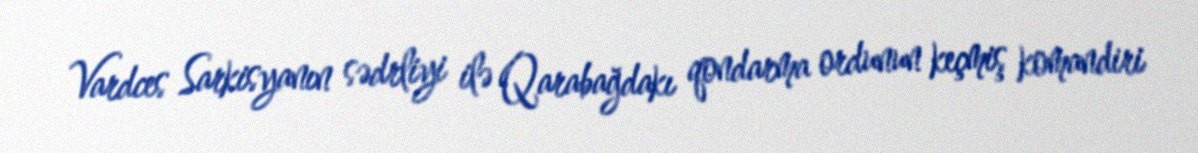
Vardces Sarkisyanın sədrliyi ilə Qarabağdakı qondarma ordunun keçmiş komandiri